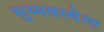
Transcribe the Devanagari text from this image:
सुव्यवस्थेला